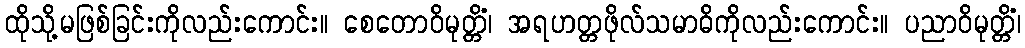
ထိုသို့မဖြစ်ခြင်းကိုလည်းကောင်း။ စေတောဝိမုတ္တိံ၊ အရဟတ္တဖိုလ်သမာဓိကိုလည်းကောင်း။ ပညာဝိမုတ္တိံ၊